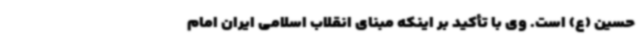
حسین (ع) است. وی با تأکید بر اینکه مبنای انقلاب اسلامی ایران امام